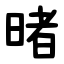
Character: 暏